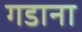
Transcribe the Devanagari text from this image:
गडाना